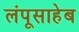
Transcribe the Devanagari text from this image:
लंपूसाहेब